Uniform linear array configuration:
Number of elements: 24
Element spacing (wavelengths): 0.75
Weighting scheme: uniform
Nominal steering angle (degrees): -45
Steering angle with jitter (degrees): -46.655
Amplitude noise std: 0.05
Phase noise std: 0.05

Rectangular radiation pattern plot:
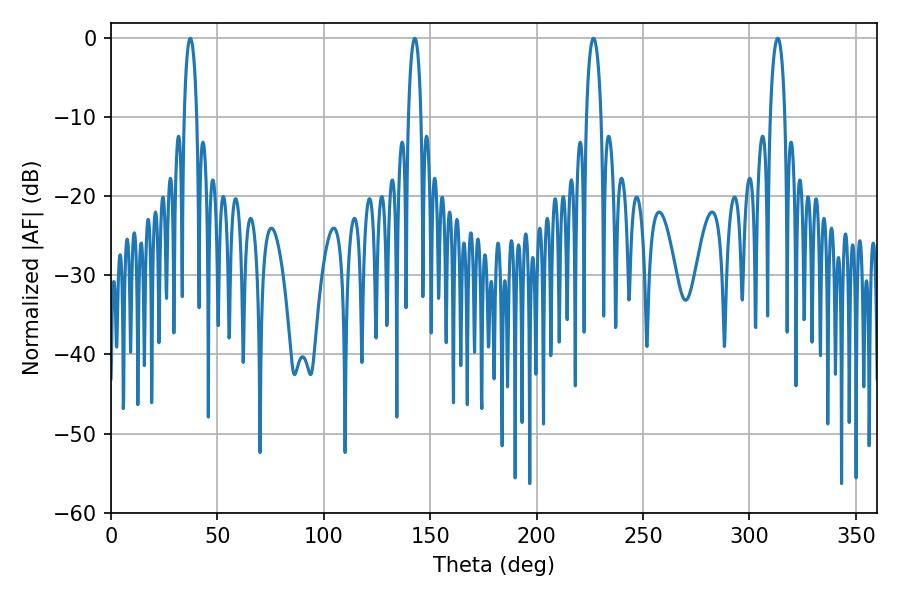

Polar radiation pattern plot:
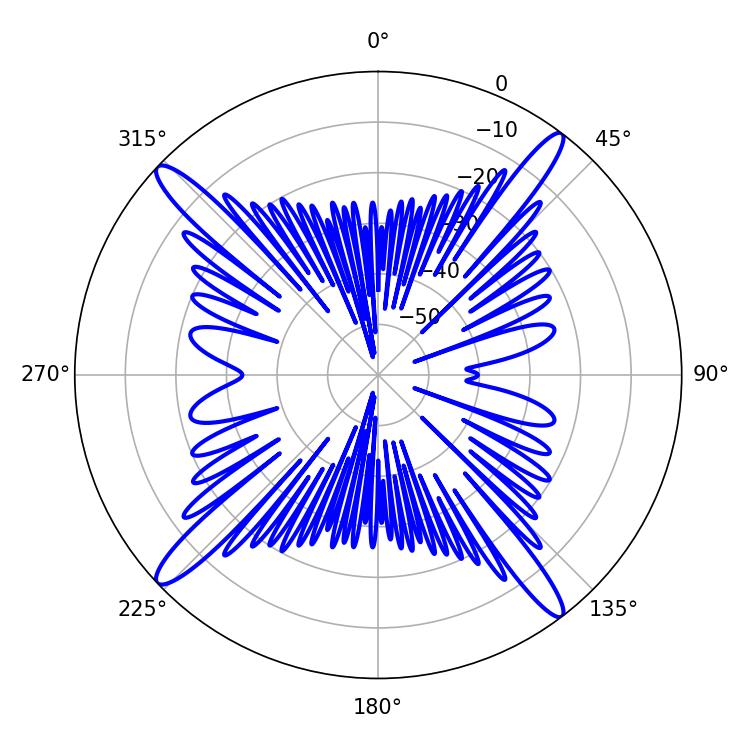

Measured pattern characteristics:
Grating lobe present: TRUE
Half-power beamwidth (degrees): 3.24
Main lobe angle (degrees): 37.26